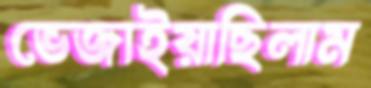
ভেজাইয়াছিলাম